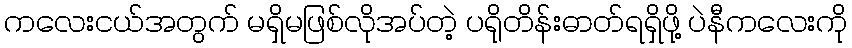
ကလေးငယ်အတွက် မရှိမဖြစ်လိုအပ်တဲ့ ပရိုတိန်းဓာတ်ရရှိဖို့ ပဲနီကလေးကို